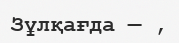
Зұлқағда — ,